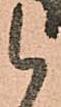
候